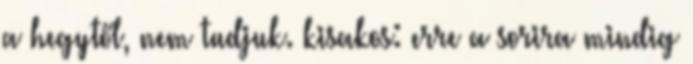
a hegytől, nem tudjuk. kisakos: erre a sorira mindig